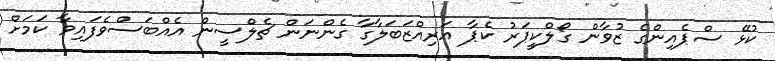
ކުޅޭ ސްޕެއިންގެ ޒުވާން ގޯލްކީޕަރު ކެޕާ އަރިއްޒަބަލާގާ ގެންނަން ޗެލްސީން އެއްބަސްވެފައިވާ ކަމަށް